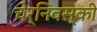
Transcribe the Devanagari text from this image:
चेर्निवस्की